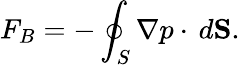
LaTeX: F_{B}=-\oint_{S}\nabla p\cdot\, d\mathbf{S}.